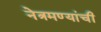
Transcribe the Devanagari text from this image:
नेत्रमण्यांची